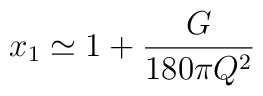
x_1\simeq 1+{G\over 180 \pi Q^2}